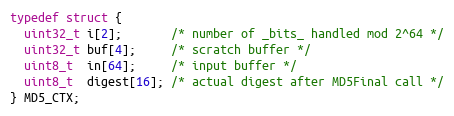
Language: C
typedef struct {
  uint32_t i[2];       /* number of _bits_ handled mod 2^64 */
  uint32_t buf[4];     /* scratch buffer */
  uint8_t  in[64];     /* input buffer */
  uint8_t  digest[16]; /* actual digest after MD5Final call */
} MD5_CTX;